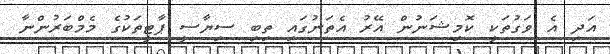
އަދި އެ ވަގުތަކީ ކޮމިޝަނުން އޭރު އެތަނުގައި ތިބި ސިޔާސީ ޕާޓީތަކުގެ މެމްބަރުންނާ